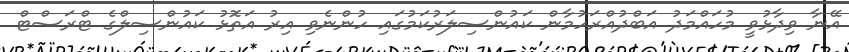
އޭނާ ވިދާޅުވީ މުހައްމަދު އަބްދުއްރަހުމާން ކައުންސިލަރުކަމުގައި ހުންނެވި އިރު އަތޮޅު ކައުންސިލްގެ ޓްރަސްޓް